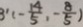
3 ^ { 1 } ( - \frac { 1 4 } { 5 } , - \frac { 8 } { 5 } )